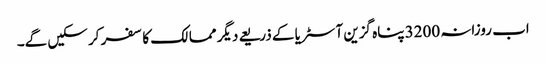
اب روزانہ 3200 پناہ گزین آسٹریا کے ذریعے دیگر ممالک کا سفر کر سکیں گے۔